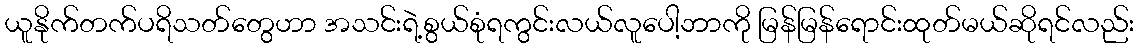
ယူနိုက်တက်ပရိသတ်တွေဟာ အသင်းရဲ့စွယ်စုံရကွင်းလယ်လူပေါ့ဘာကို မြန်မြန်ရောင်းထုတ်မယ်ဆိုရင်လည်း